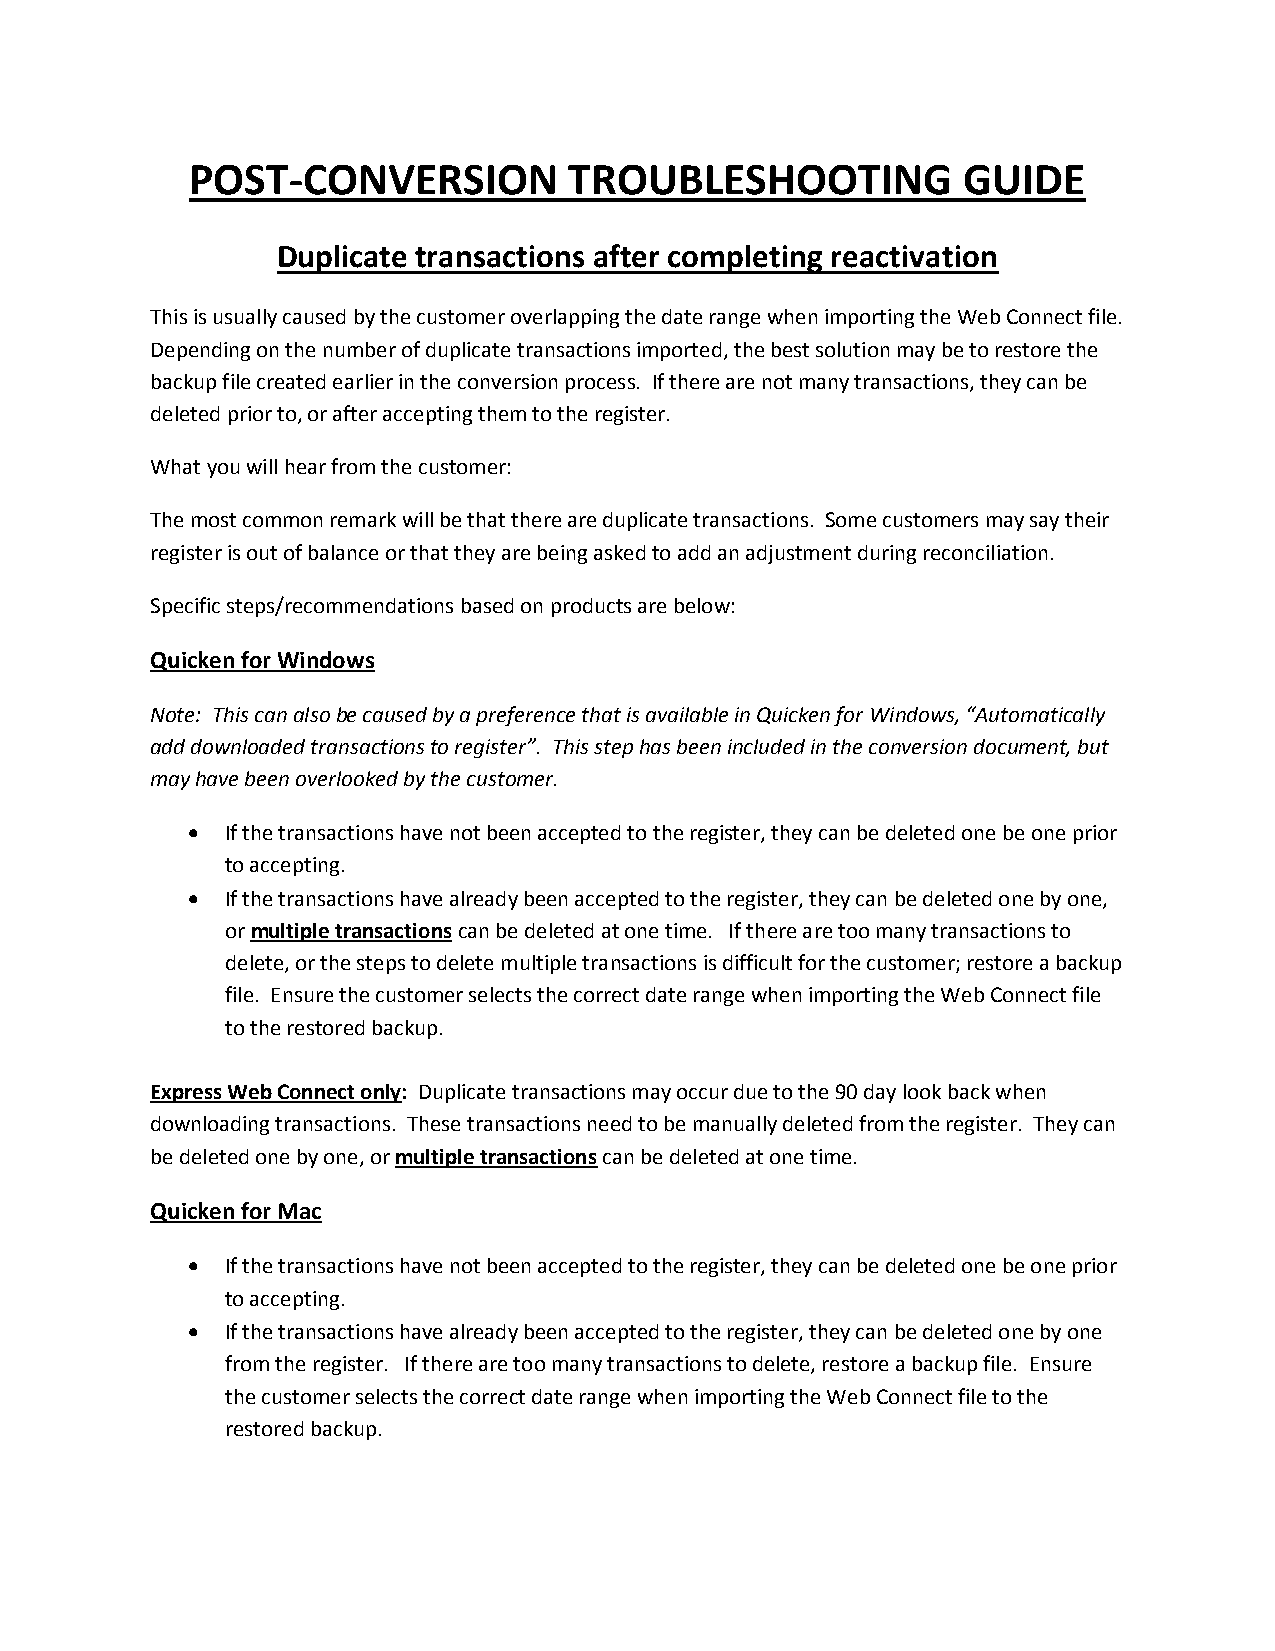
POST-CONVERSION          TROUBLESHOOTING           GUIDE
 Duplicate transactions after completing reactivation
 This is usually caused by the customer overlapping the date range when importing the Web Connect file.
 Depending on the number of duplicate transactions imported, the best solution may be to restore the
 backup file created earlier in the conversion process. If there are not many transactions, they can be
 deleted prior to, or after accepting them to the register.
 What you will hear from the customer:
 The most common remark will be that there are duplicate transactions. Some customers may say their
 register is out of balance or that they are being asked to add an adjustment during reconciliation.
 Specific steps/recommendations based on products are below:
 Quicken for Windows
 Note: This can also be caused by a preference that is available in Quicken for Windows, “Automatically
 add downloaded transactions to register”. This step has been included in the conversion document, but
 may have been overlooked by the customer.
   If the transactions have not been accepted to the register, they can be deleted one be one prior
 to accepting.
   If the transactions have already been accepted to the register, they can be deleted one by one,
 or multiple transactions can be deleted at one time. If there are too many transactions to
 delete, or the steps to delete multiple transactions is difficult for the customer; restore a backup
 file. Ensure the customer selects the correct date range when importing the Web Connect file
 to the restored backup.
 Express Web Connect only: Duplicate transactions may occur due to the 90 day look back when
 downloading transactions. These transactions need to be manually deleted from the register. They can
 be deleted one by one, or multiple transactions can be deleted at one time.
 Quicken for Mac
   If the transactions have not been accepted to the register, they can be deleted one be one prior
 to accepting.
   If the transactions have already been accepted to the register, they can be deleted one by one
 from the register. If there are too many transactions to delete, restore a backup file. Ensure
 the customer selects the correct date range when importing the Web Connect file to the
 restored backup.